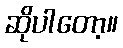
ဆိုပါတော့။